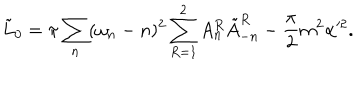
LaTeX: \tilde { L } _ { 0 } = \pi \sum _ { n } ( \omega _ { n } - n ) ^ { 2 } \sum _ { R = 1 } ^ { 2 } A _ { n } ^ { R } \tilde { A } _ { - n } ^ { R } - \frac { \pi } { 2 } m ^ { 2 } \alpha ^ { 2 } .